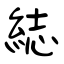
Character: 綕